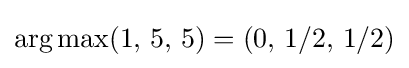
\operatorname {arg\,max} (1,\,5,\,5)=(0,\,1/2,\,1/2)